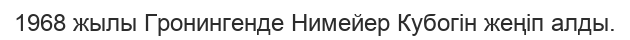
1968 жылы Гронингенде Нимейер Кубогін жеңіп алды.